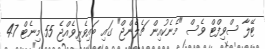
ޓޭލާ ސްވިފްޓް ވެސް "މެނެކުއިން ޗެލެންޖް" ގައި ބައިވެރިވެއްޖެ 55 މިނެޓް 47